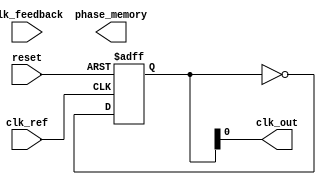
module MemoryBlocksPLL (
    input wire clk_ref,          // Reference clock input
    input wire clk_feedback,     // Feedback clock input from VCO
    input wire reset,            // Reset signal
    output wire clk_out,         // Output clock from VCO
    output wire [N-1:0] phase_memory // Memory block to store phase information
);
    parameter N = 8;             // Size of the phase memory
    parameter PI_GAIN = 8'h01;   // Proportional gain for the loop filter
    parameter I_GAIN = 8'h01;    // Integral gain for the loop filter

    reg [N-1:0] phase_diff;      // Phase difference output from PD
    reg [N-1:0] error_signal;    // Error signal from phase detector
    reg [N-1:0] control_voltage;  // Control voltage for VCO
    reg [N-1:0] vco_frequency;    // VCO frequency control
    reg [N-1:0] memory_block [0:15]; // Memory blocks for phase information
    reg [N-1:0] vco_out;          // VCO output clock signal
    reg [N-1:0] phase_memory_reg; // Register to hold phase memory

    // Phase Detector (PD)
    always @(posedge clk_ref or posedge reset) begin
        if (reset) begin
            phase_diff <= 0;
        end else begin
            // Simple phase difference calculation
            phase_diff <= clk_ref - clk_feedback;
        end
    end

    // Loop Filter (PI)
    always @(posedge clk_ref or posedge reset) begin
        if (reset) begin
            error_signal <= 0;
            control_voltage <= 0;
        end else begin
            // Proportional-Integral Control
            error_signal <= phase_diff;
            control_voltage <= control_voltage + (PI_GAIN * error_signal) + (I_GAIN * phase_memory_reg);
        end
    end

    // Voltage-Controlled Oscillator (VCO)
    always @(posedge clk_ref or posedge reset) begin
        if (reset) begin
            vco_frequency <= 0;
            vco_out <= 0;
        end else begin
            // Adjust VCO frequency based on control voltage
            vco_frequency <= control_voltage; // Simplified VCO frequency control
            // Generate output clock based on frequency
            vco_out <= ~vco_out; // Toggle output for simplicity
        end
    end

    // Memory Block for Phase Information
    always @(posedge clk_ref or posedge reset) begin
        if (reset) begin
            phase_memory_reg <= 0;
        end else begin
            // Store the phase difference for adaptive correction
            phase_memory_reg <= phase_diff; // Store current phase difference
            memory_block[0] <= phase_memory_reg; // Example memory usage
            // Other memory operations can be added here
        end
    end

    // Feedback Mechanism
    assign clk_out = vco_out;

endmodule